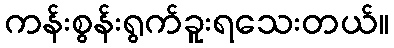
ကန်းစွန်းရွက်ခူးရသေးတယ်။